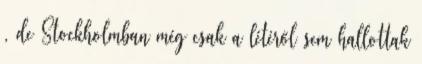
, de Stockholmban még csak a létéről sem hallottak